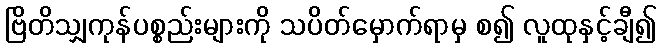
ဗြိတိသျှကုန်ပစ္စည်းများကို သပိတ်မှောက်ရာမှ စ၍ လူထုနှင့်ချီ၍